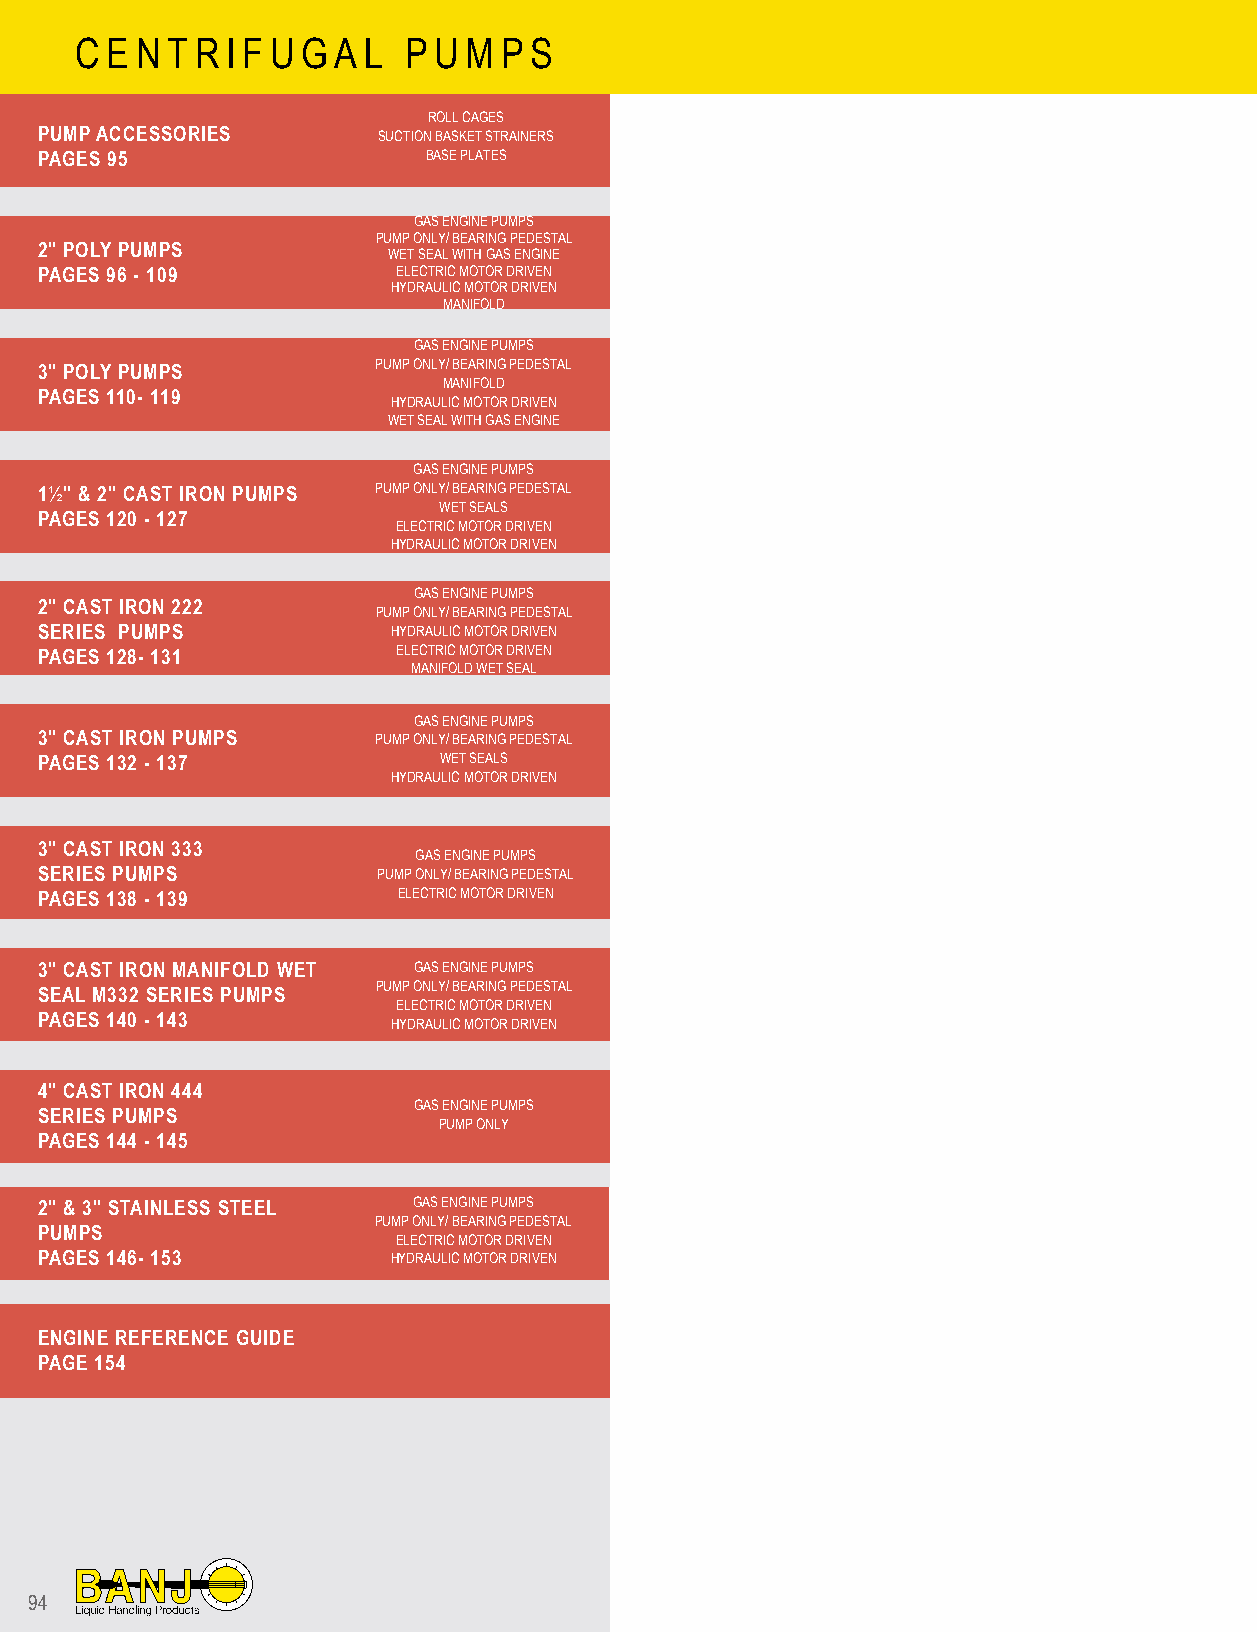
C E N T R I F U G A L P U M P S
 ROLL CAGES
 PUMP ACCESSORIES       SUCTION BASKET STRAINERS
 PAGES 95                  BASE PLATES
 GAS ENGINE PUMPS
 PUMP ONLY/ BEARING PEDESTAL
 2" POLY PUMPS           WET SEAL WITH GAS ENGINE
 PAGES 96 - 109          ELECTRIC MOTOR DRIVEN
 HYDRAULIC MOTOR DRIVEN
 MANIFOLD
 GAS ENGINE PUMPS
 3" POLY PUMPS          PUMP ONLY/ BEARING PEDESTAL
 MANIFOLD
 PAGES 110- 119
 HYDRAULIC MOTOR DRIVEN
 WET SEAL WITH GAS ENGINE
 GAS ENGINE PUMPS
 1½" & 2" CAST IRON PUMPS PUMP ONLY/ BEARING PEDESTAL
 WET SEALS
 PAGES 120 - 127
 ELECTRIC MOTOR DRIVEN
 HYDRAULIC MOTOR DRIVEN
 GAS ENGINE PUMPS
 2" CAST IRON 222
 PUMP ONLY/ BEARING PEDESTAL
 SERIES PUMPS            HYDRAULIC MOTOR DRIVEN
 PAGES 128- 131          ELECTRIC MOTOR DRIVEN
 MANIFOLD WET SEAL
 GAS ENGINE PUMPS
 3" CAST IRON PUMPS     PUMP ONLY/ BEARING PEDESTAL
 PAGES 132 - 137            WET SEALS
 HYDRAULIC MOTOR DRIVEN
 3" CAST IRON 333
 GAS ENGINE PUMPS
 SERIES PUMPS           PUMP ONLY/ BEARING PEDESTAL
 PAGES 138 - 139         ELECTRIC MOTOR DRIVEN
 3" CAST IRON MANIFOLD WET GAS ENGINE PUMPS
 PUMP ONLY/ BEARING PEDESTAL
 SEAL M332 SERIES PUMPS
 ELECTRIC MOTOR DRIVEN
 PAGES 140 - 143         HYDRAULIC MOTOR DRIVEN
 4" CAST IRON 444
 GAS ENGINE PUMPS
 SERIES PUMPS
 PUMP ONLY
 PAGES 144 - 145
 2" & 3" STAINLESS STEEL  GAS ENGINE PUMPS
 PUMP ONLY/ BEARING PEDESTAL
 PUMPS
 ELECTRIC MOTOR DRIVEN
 PAGES 146- 153          HYDRAULIC MOTOR DRIVEN
 ENGINE REFERENCE GUIDE
 PAGE 154
 94